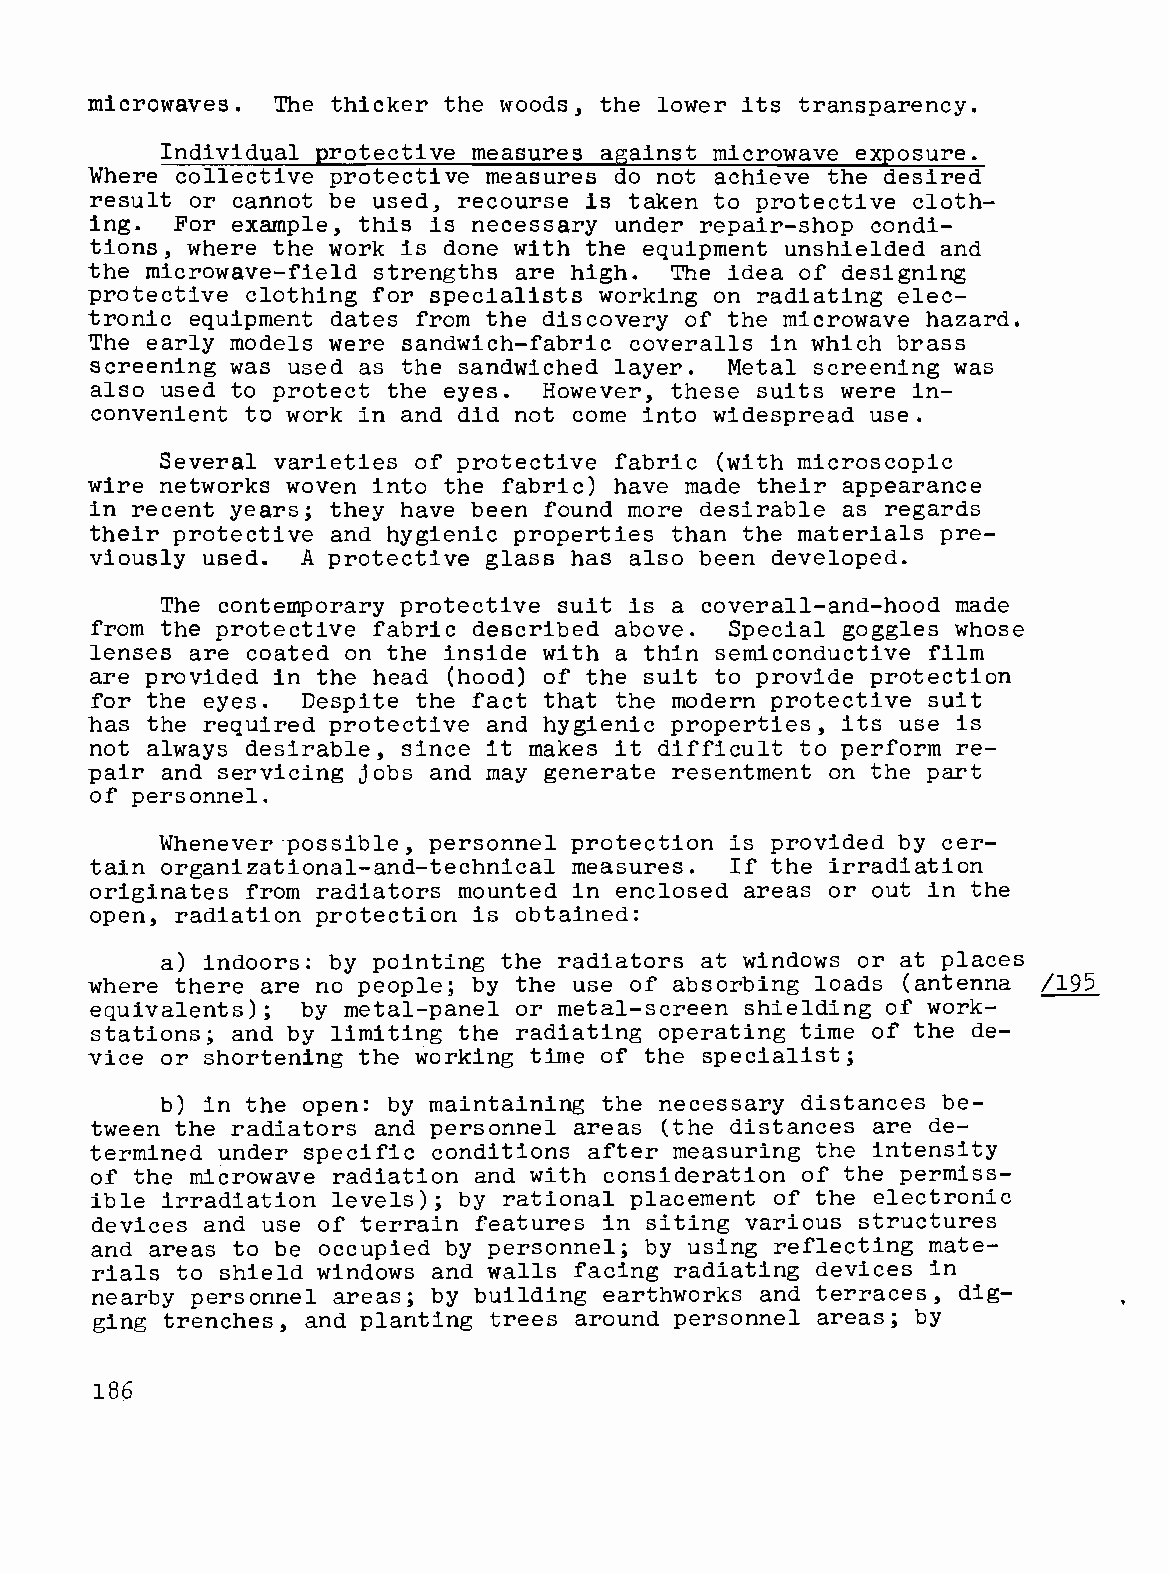
microwaves. The thicker the woods, the lower its transparency.
 Individual protective measures against microwave exposure.
 Where collective protective measures do not achieve the desired
 result or cannot be used, recourse is taken to protective cloth
 ing.  For example, this is necessary under repair-shop condi
 tions, where the work is done with the equipment unshielded and
 the microwave-field strengths are high. The idea of designing
 protective clothing for specialists working on radiating elec
 tronic equipment dates from the discovery of the microwave hazard.
 The early models were sandwich-fabric coveralls in which brass
 screening was used as the sandwiched layer. Metal screening was
 also used to protect the eyes. However, these suits were in
 convenient to work in and did not come into widespread use.
 Several varieties of protective fabric (with microscopic
 wire networks woven into the fabric) have made their appearance
 in recent years; they have been found more desirable as regards
 their protective and hygienic properties than the materials pre
 viously used. A protective glass has also been developed.
 The contemporary protective suit is a coverall-and-hood made
 from the protective fabric described above. Special goggles whose
 lenses are coated on the inside with a thin semi conductive film
 are provided in the head (hood) of the suit to provide protection
 for the eyes. Despite the fact that the modern protective suit
 has the required protective and hygienic properties, its use is
 not always desirable, since it makes it difficult to perform re
 pair and servicing jobs and may generate resentment on the part
 of personnel.
 Whenever·possible, personnel protection is provided by cer
 tain organizational-and-technical measures. If the irradiation
 originates from radiators mounted in enclosed areas or out in the
 open, radiation protection is obtained:
 a) indoors: by pointing the radiators at windows or at places
 where there are no people; by the use of absorbing loads (antenna /195
 equivalents); by metal-panel or metal-screen shielding of work
 stations; and by limiting the radiating operating time of the de-
 vice or shortening the working time of the specialist;
 b) in the open: by maintaining the necessary distances be
 tween the radiators and personnel areas (the distances are de
 termined under specific conditions after measuring the intensity
 of the microwave radiation and with consideration of the permiss
 ible irradiation levels); by rational placement of the electronic
 devices and use of terrain features in siting various structures
 and areas to be occupied by personnel; by using reflecting mate
 rials to shield windows and walls facing radiating devices in
 nearby personnel areas; by building earthworks and terraces, dig
 ging trenches, and planting trees around personnel areas; by
 186